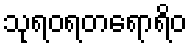
သုရဝရတရောရိဝ